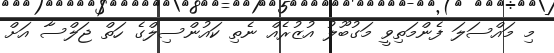
މި މައްސަލަ ފެންމަތިވީ މަގުބޫލު އުޒުރެއް ނެތި ކައުންސިލްގެ ހަތް ޖަލްސާ އަށް